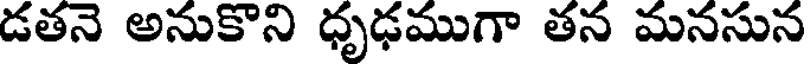
డతనె అనుకొని ధృఢముగా తన మనసున